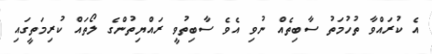
އެ ކުރައްވާ ތުހުމަތު ސާބިތެއް ނުވި އެވެ ސާބިތުވީ ރައްޔިތުންގެ ލޯތައް ކުރިމަތީގައި